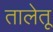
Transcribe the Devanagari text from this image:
तालेतू